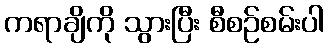
ကရာချိကို သွားပြီး စီစဉ်စမ်းပါ